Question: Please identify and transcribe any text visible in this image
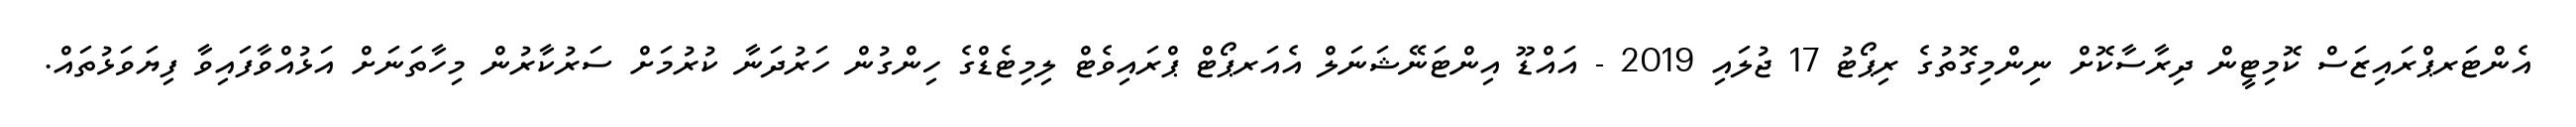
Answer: އެންޓަރޕްރައިޒަސް ކޮމިޓީން ދިރާސާކޮށް ނިންމިގޮތުގެ ރިޕޯޓު 17 ޖުލައި 2019 - އައްޑޫ އިންޓަނޭޝަނަލް އެއަރޕޯޓް ޕްރައިވެޓް ލިމިޓެޑްގެ ހިންގުން ހަރުދަނާ ކުރުމަށް ސަރުކާރުން މިހާތަނަށް އަޅުއްވާފައިވާ ފިޔަވަޅުތައް.